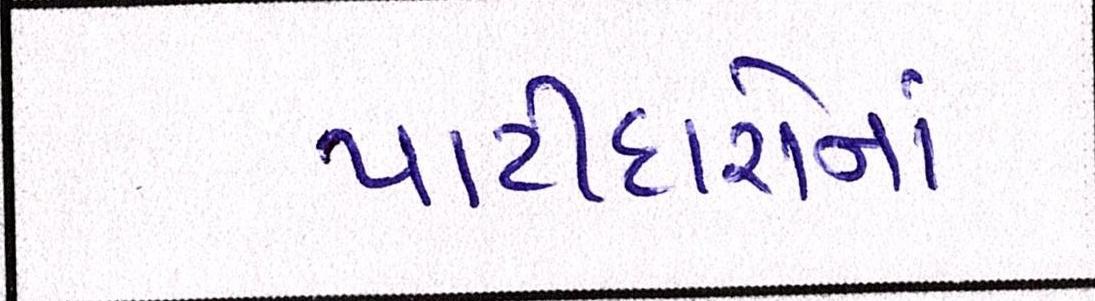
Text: પાટીદારોનાં